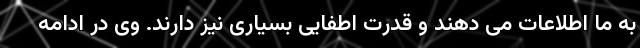
به ما اطلاعات می دهند و قدرت اطفایی بسیاری نیز دارند. وی در ادامه